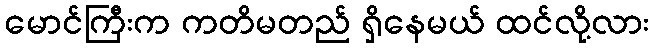
မောင်ကြီးက ကတိမတည် ရှိနေမယ် ထင်လို့လား